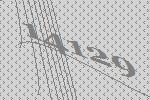
14129